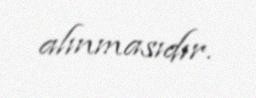
alınmasıdır.